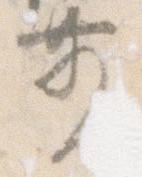
前